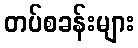
တပ်စခန်းများ